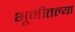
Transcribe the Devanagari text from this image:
भूमीतल्या